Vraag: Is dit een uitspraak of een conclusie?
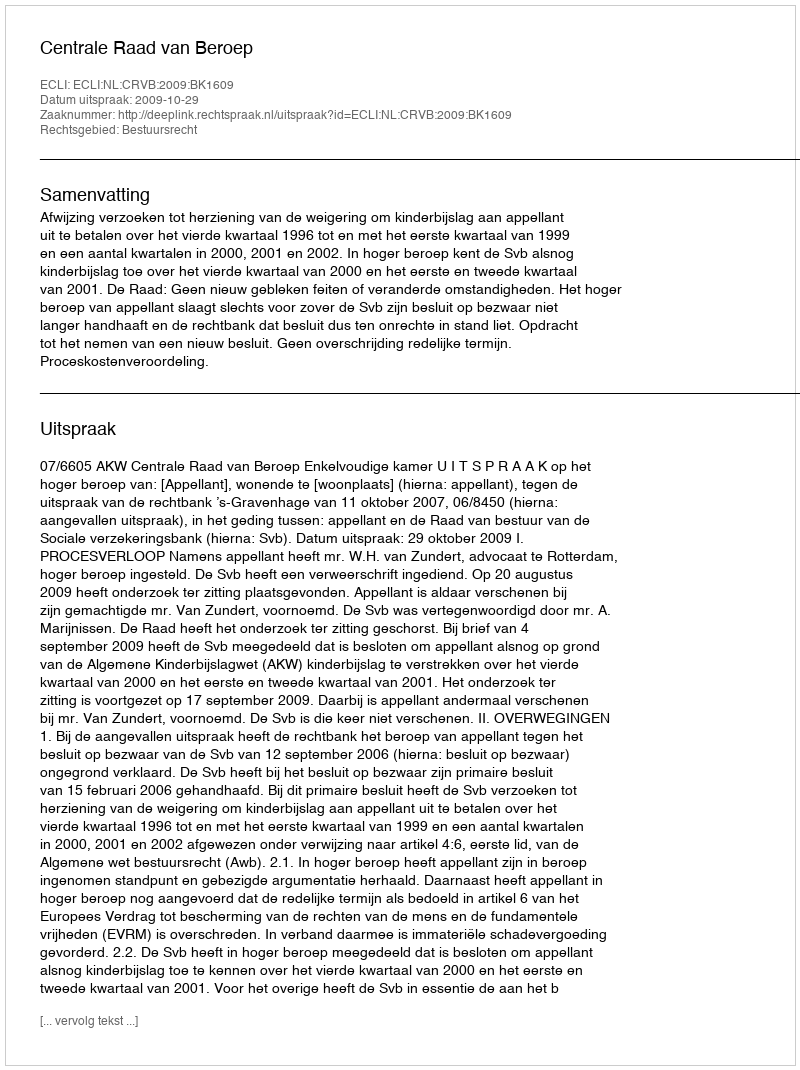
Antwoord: Uitspraak